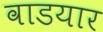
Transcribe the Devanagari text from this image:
वाडयार